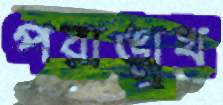
পরাঙ্মুখ